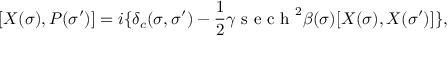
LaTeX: [ X ( \sigma ) , P ( \sigma ^ { \prime } ) ] = i \{ \delta _ { c } ( \sigma , \sigma ^ { \prime } ) - \frac { 1 } { 2 } \gamma \textrm { s e c h } ^ { 2 } \beta ( \sigma ) [ X ( \sigma ) , X ( \sigma ^ { \prime } ) ] \} ,